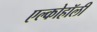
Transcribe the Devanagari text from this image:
एल्कोहॉली